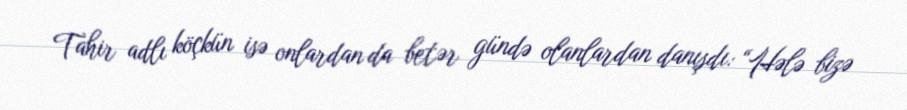
Tahir adlı köçkün isə onlardan da betər gündə olanlardan danışdı: “Hələ bizə